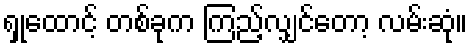
ရှုထောင့် တစ်ခုက ကြည့်လျှင်တော့ လမ်းဆုံ။